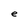
Character: e